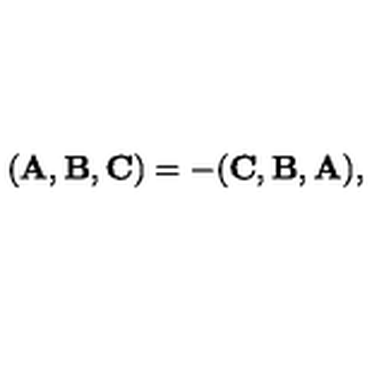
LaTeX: ( { \bf A } , { \bf B } , { \bf C } ) = - ( { \bf C } , { \bf B } , { \bf A } ) ,